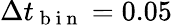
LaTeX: \Delta t_{\mathrm{~b~i~n~}}=0.05